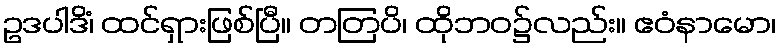
ဥဒပါဒိံ၊ ထင်ရှားဖြစ်ပြီ။ တတြပိ၊ ထိုဘဝ၌လည်း။ ဧဝံနာမော၊